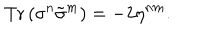
\mathrm { T r } \, ( \sigma ^ { n } \tilde { \sigma } ^ { m } ) = - 2 \eta ^ { n m } .